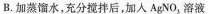
B.加蒸馏水，充分搅拌后，加入AgNO_{3}溶液